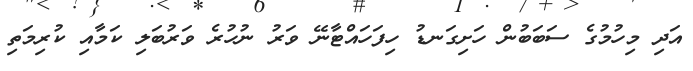
އަދި މިހުމުގެ ސަބަބުން ހަށިގަނޑު ހިފަހައްޓާނޭ ވަރު ނުހުރެ ވަރުބަލި ކަމާއި ކުރިމަތި